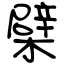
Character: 檗